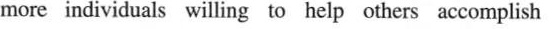
more individuals willing to help others accomplish